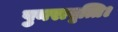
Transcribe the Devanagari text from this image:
पुनरावृत्ति।